Medical and sanitary report of the native army of Madras for the year
Year: 1872
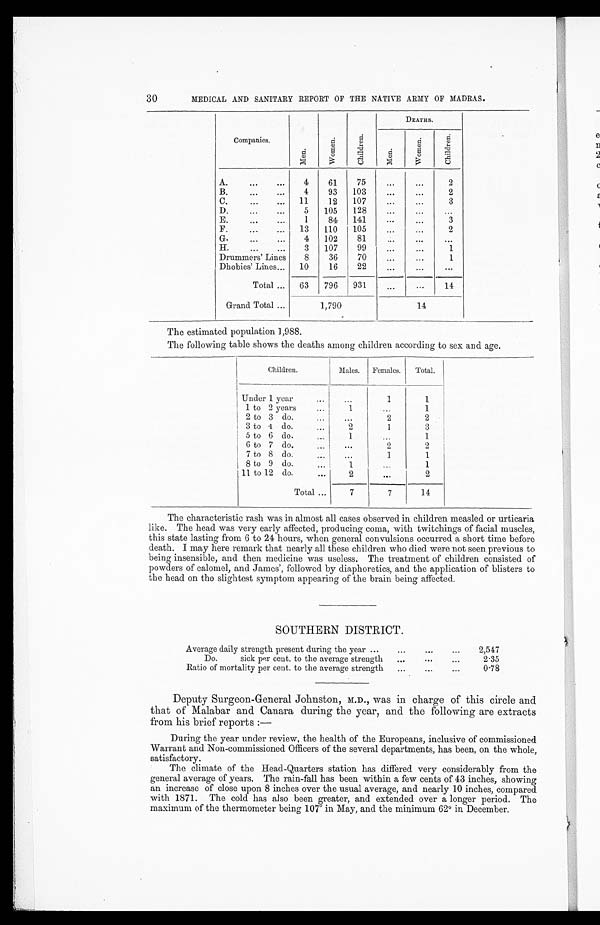
30
MEDICAL AND SANITARY REPORT OF THE NATIVE ARMY OF MADRAS.
Companies.
Men.
Women.
Children.
DEATHS.
Men.
Women.
Chi l dren.
A.
...
...
4
61
75
...
...
2
B.
...
...
4
93
103
...
...
2
C.
...
...
11
12
107
...
...
3
D.
...
. . .
5
105
128
...
...
...
E.
...
...
1
84
141
...
...
3
F.
...
...
13
110
105
...
...
2
G .
...
...
4
102
81
...
...
...
H.
...
...
3
107
99
...
...
1
Drummers' Lines
8
36
70
...
...
1
Dhobies' Lines...
10
16
22
...
...
...
Total ...
63
796
931
...
...
14
Grand Total ...
1,790
14
The estimated population 1,988.
The following table shows the deaths among children according to sex and age.
Children.
Males.
Females.
Total.
Under 1 year...
...
1
1
1 to 2 years... ...
1
...
1
2 to 3 do...
...
2
2
3 to 4 do... ...
2
1
3
5 to 6 do.... ...
1
...
1
6 to 7 do.
...
...
2
2.
7 to 8 do.... ...
...
1
1
8 to 9 do....
1
...
1
11 to 12 do.
...
2
. . .
2
Total ...
7
7
14
The characteristic rash was in almost all cases observed in children measled or urticaria
like. The head was very early affected, producing coma, with twitchings of facial muscles,
this state lasting from 6 to 24 hours, when general convulsions occurred a short time before
death. I may here remark that nearly all these children who died were not seen.previous to
being insensible, and then medicine was useless. The treatment of children consisted of
powders of calomel, and James', followed by diaphoretics, and the application of blisters to
the head on the slightest symptom appearing of the brain being affected.
SOUTHERN DISTRICT.
Average daily strength present during the year ...
...
...
...
2,547
Do.
sick per cent. to the average strength
...
. . . ...
2.35
Ratio of mortality per cent. to the average strength
...
...
...
0.78
Deputy Surgeon-General Johnston, M.D., was in charge of this circle and
that of Malabar and Canara during the year, and the following are extracts
from his brief reports :
—
During the year under review, the health of the Europeans, inclusive of commissioned
Warrant and Non-commissioned Officers of the several departments, has been, on the whole,
satisfactory.
The climate of the Head-Quarters station has differed very considerably from the
general average of years. The rain-fall has been within a few cents of 43 inches, showing
an increase of close upon 8 inches over the usual average, and nearly 10 inches, compared
with 1871. The cold has also been greater, and extended over a longer period. The
maximum of the thermometer being 107° in May, and the minimum 62° in December.